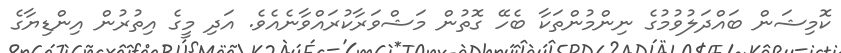
ކޮމިޝަން ބައްދަލުވުމުގެ ނިންމުންތަކާ ބެހޭ ގޮތުން މަޝްވަރާކުރައްވާނެއެވެ. އަދި މީގެ އިތުރުން އިންޑިޔާގެ